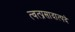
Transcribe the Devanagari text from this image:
त्वत्प्रसादात्पदे